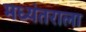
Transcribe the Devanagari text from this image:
मध्यंतराला